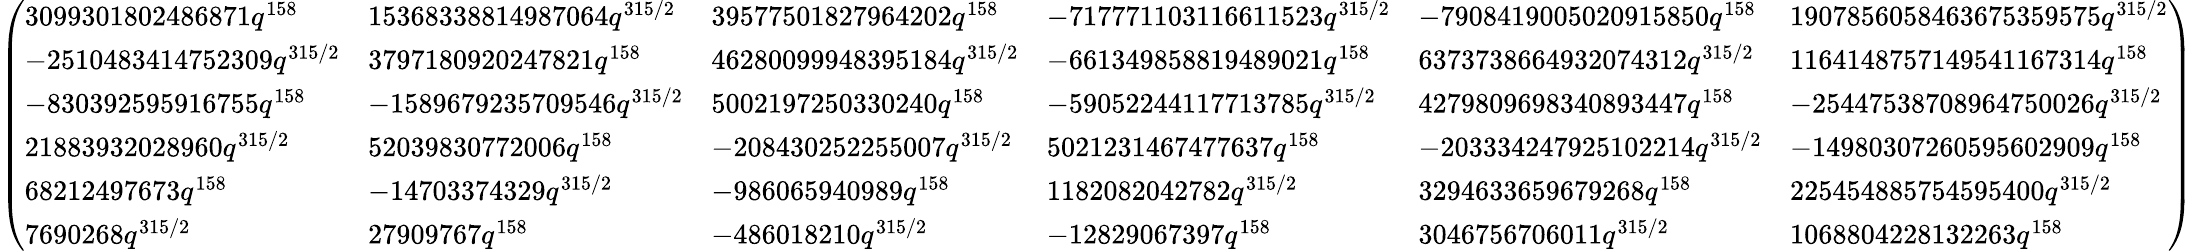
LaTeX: \left(\begin{array}{llllll}{3099301802486871q^{158}}&{15368338814987064q^{315/2}}&{39577501827964202q^{158}}&{-717771103116611523q^{315/2}}&{-7908419005020915850q^{158}}&{1907856058463675359575q^{315/2}}\\ {-2510483414752309q^{315/2}}&{3797180920247821q^{158}}&{46280099948395184q^{315/2}}&{-661349858819489021q^{158}}&{6373738664932074312q^{315/2}}&{1164148757149541167314q^{158}}\\ {-830392595916755q^{158}}&{-1589679235709546q^{315/2}}&{5002197250330240q^{158}}&{-59052244117713785q^{315/2}}&{4279809698340893447q^{158}}&{-25447538708964750026q^{315/2}}\\ {21883932028960q^{315/2}}&{52039830772006q^{158}}&{-208430252255007q^{315/2}}&{5021231467477637q^{158}}&{-203334247925102214q^{315/2}}&{-14980307260595602909q^{158}}\\ {68212497673q^{158}}&{-14703374329q^{315/2}}&{-986065940989q^{158}}&{1182082042782q^{315/2}}&{3294633659679268q^{158}}&{225454885754595400q^{315/2}}\\ {7690268q^{315/2}}&{27909767q^{158}}&{-486018210q^{315/2}}&{-12829067397q^{158}}&{3046756706011q^{315/2}}&{1068804228132263q^{158}}\end{array}\right)